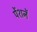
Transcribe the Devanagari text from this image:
पेंशनें